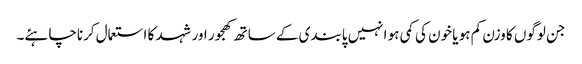
جن لوگوں کا وزن کم ہو یا خون کی کمی ہو انہیں پابندی کے ساتھ کھجور اور شہد کا استعمال کرناچاہئے۔